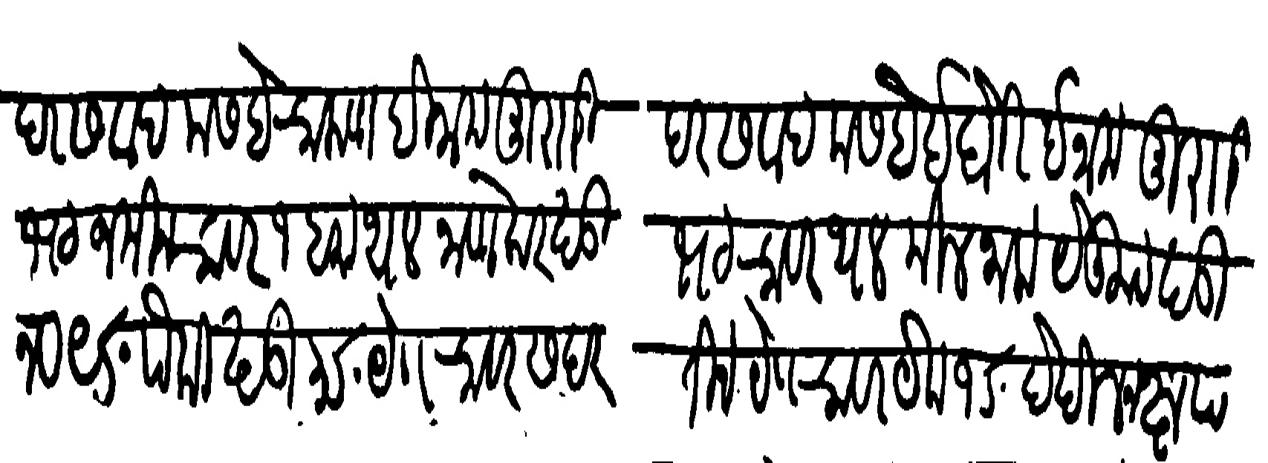
Transliteration (Devanagari): दर सवाद कसबे चाकण इनाम मुरारी दर सवाद कसबे इदोरी इनाम मुरारी भट जमीन चावर १ बाा थल नाणेकर खडी भट चावर थल मीलनाक येकुण खडी नव ९σ पैकी खडी ३σ या चावर सदरहू तीन या चावर येक १σ देखील नख्तयाती